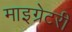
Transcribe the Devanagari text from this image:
माइग्रेटरी